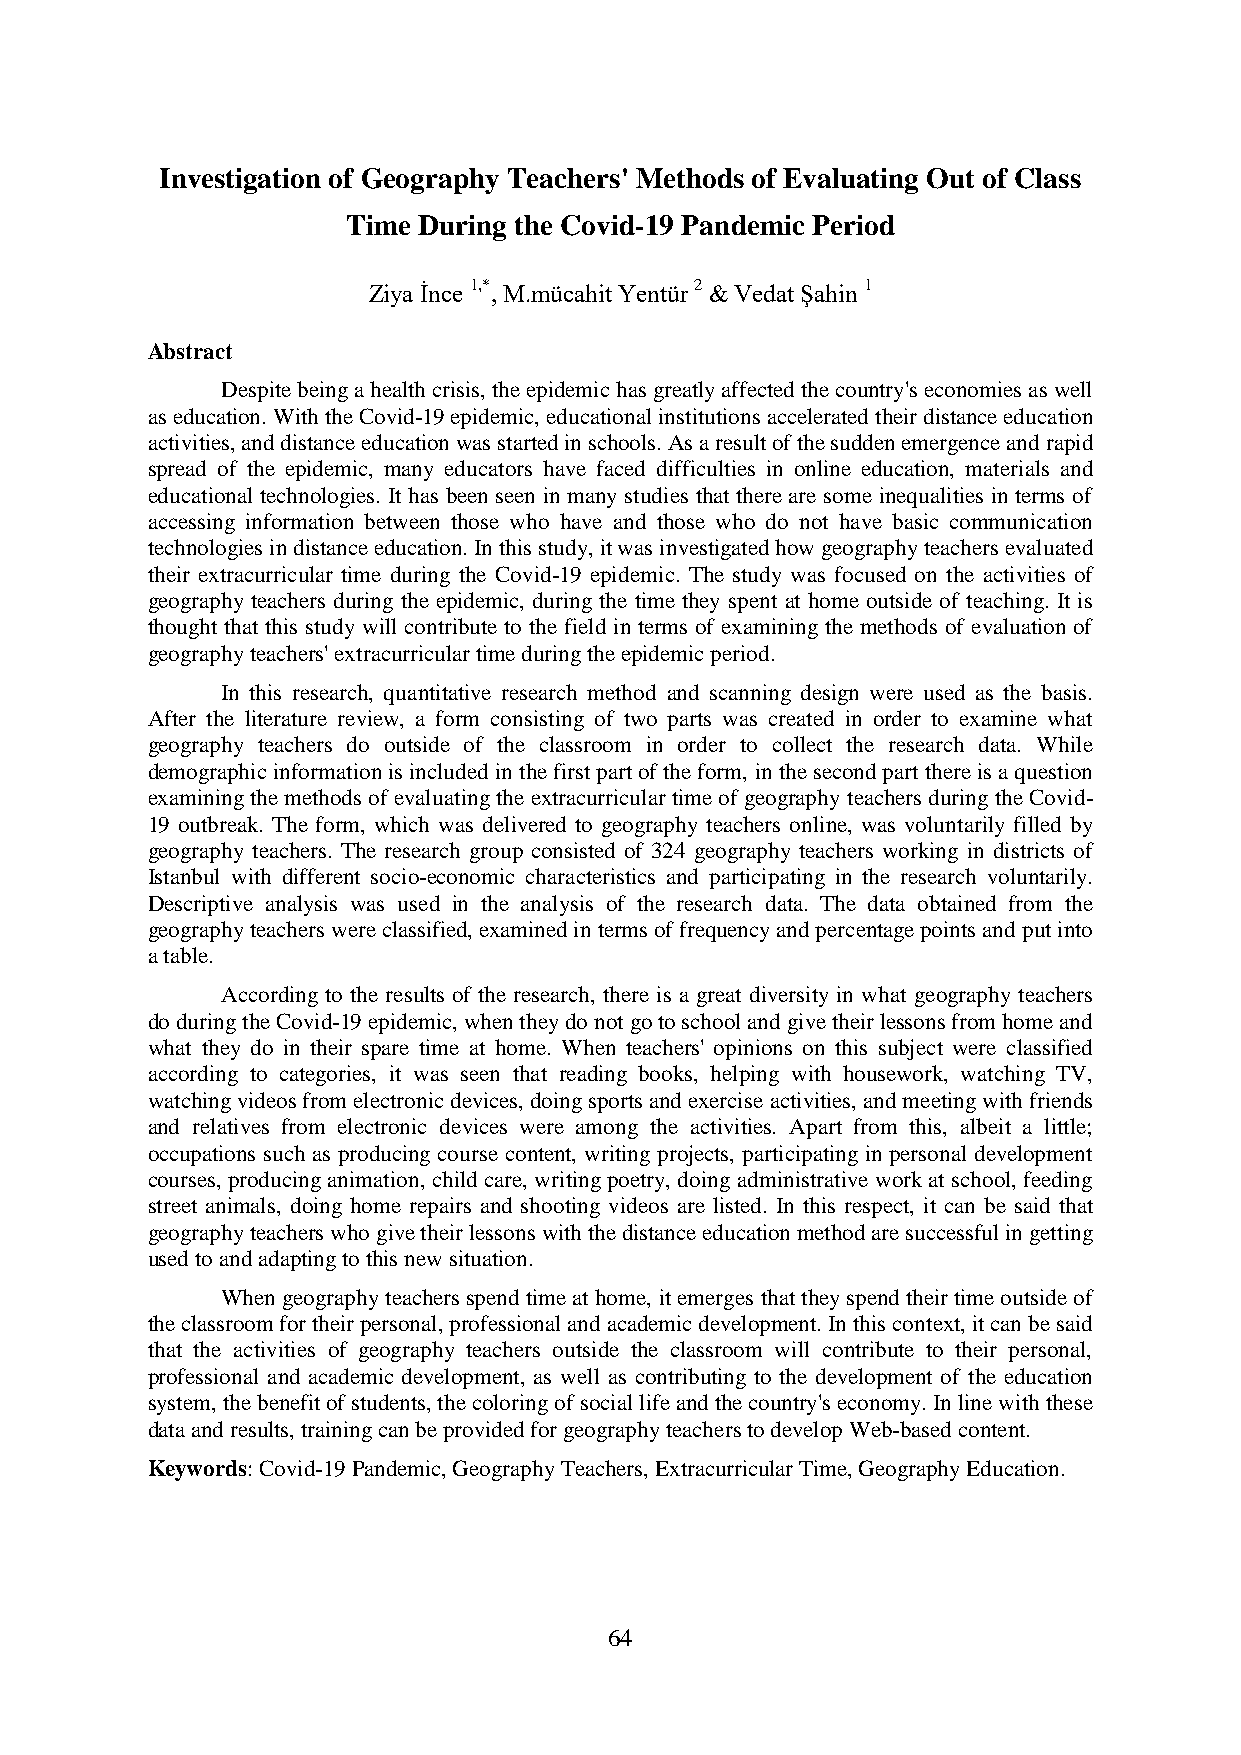
Investigation of Geography Teachers' Methods of Evaluating Out of Class
 Time During the Covid-19 Pandemic Period
 Ziya İnce 1,*, M.mücahit Yentür 2 & Vedat Şahin 1
 Abstract
 Despite being a health crisis, the epidemic has greatly affected the country's economies as well
 as education. With the Covid-19 epidemic, educational institutions accelerated their distance education
 activities, and distance education was started in schools. As a result of the sudden emergence and rapid
 spread of the epidemic, many educators have faced difficulties in online education, materials and
 educational technologies. It has been seen in many studies that there are some inequalities in terms of
 accessing information between those who have and those who do not have basic communication
 technologies in distance education. In this study, it was investigated how geography teachers evaluated
 their extracurricular time during the Covid-19 epidemic. The study was focused on the activities of
 geography teachers during the epidemic, during the time they spent at home outside of teaching. It is
 thought that this study will contribute to the field in terms of examining the methods of evaluation of
 geography teachers' extracurricular time during the epidemic period.
 In this research, quantitative research method and scanning design were used as the basis.
 After the literature review, a form consisting of two parts was created in order to examine what
 geography teachers do outside of the classroom in order to collect the research data. While
 demographic information is included in the first part of the form, in the second part there is a question
 examining the methods of evaluating the extracurricular time of geography teachers during the Covid-
 19 outbreak. The form, which was delivered to geography teachers online, was voluntarily filled by
 geography teachers. The research group consisted of 324 geography teachers working in districts of
 Istanbul with different socio-economic characteristics and participating in the research voluntarily.
 Descriptive analysis was used in the analysis of the research data. The data obtained from the
 geography teachers were classified, examined in terms of frequency and percentage points and put into
 a table.
 According to the results of the research, there is a great diversity in what geography teachers
 do during the Covid-19 epidemic, when they do not go to school and give their lessons from home and
 what they do in their spare time at home. When teachers' opinions on this subject were classified
 according to categories, it was seen that reading books, helping with housework, watching TV,
 watching videos from electronic devices, doing sports and exercise activities, and meeting with friends
 and relatives from electronic devices were among the activities. Apart from this, albeit a little;
 occupations such as producing course content, writing projects, participating in personal development
 courses, producing animation, child care, writing poetry, doing administrative work at school, feeding
 street animals, doing home repairs and shooting videos are listed. In this respect, it can be said that
 geography teachers who give their lessons with the distance education method are successful in getting
 used to and adapting to this new situation.
 When geography teachers spend time at home, it emerges that they spend their time outside of
 the classroom for their personal, professional and academic development. In this context, it can be said
 that the activities of geography teachers outside the classroom will contribute to their personal,
 professional and academic development, as well as contributing to the development of the education
 system, the benefit of students, the coloring of social life and the country's economy. In line with these
 data and results, training can be provided for geography teachers to develop Web-based content.
 Keywords: Covid-19 Pandemic, Geography Teachers, Extracurricular Time, Geography Education.
 64